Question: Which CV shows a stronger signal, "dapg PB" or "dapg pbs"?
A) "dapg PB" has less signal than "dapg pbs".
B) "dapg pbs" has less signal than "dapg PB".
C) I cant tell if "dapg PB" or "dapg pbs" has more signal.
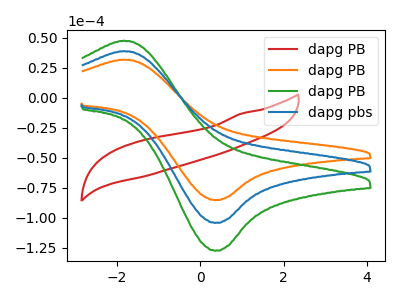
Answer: <think>The red curve "dapg PB" has no peaks. The orange curve "dapg PB" has an anodic peak at (-1.85V, 31.85uA) and a cathodic peak at (0.35V, -85.10uA). The green curve "dapg PB" has an anodic peak at (-1.85V, 77.90uA) and a cathodic peak at (0.35V, -208.10uA). The blue curve "dapg pbs" has an anodic peak at (-1.85V, 38.95uA) and a cathodic peak at (0.35V, -104.05uA).
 All the peaks in "dapg PB" have a peak in "dapg pbs" at the same potential. Every peak in "dapg PB" is lower than every peak in "dapg pbs".</think>
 <answer>A) "dapg PB" has less signal than "dapg pbs".</answer>
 <eval>A</eval>